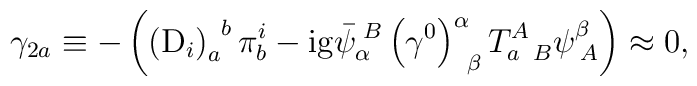
\gamma _{2a}\equiv -\left( \left( \mathrm{D}_{i}\right) _{a}^{\;\;b}\pi_{b}^{i}-\mathrm{ig}\bar{\psi}_{\alpha }^{\;B}\left( \gamma ^{0}\right)_{\;\;\beta }^{\alpha }T_{a\;\;B}^{A}\psi _{\;A}^{\beta }\right) \approx 0,